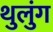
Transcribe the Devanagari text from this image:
थुलुंग